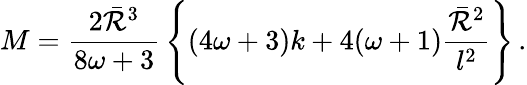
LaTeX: M={\frac{2\bar{\cal R}^{3}}{8\omega+3}}\left\{ (4\omega+3)k+4(\omega+1){\frac{\bar{\cal R}^{2}}{l^{2}}}\right\} \, .